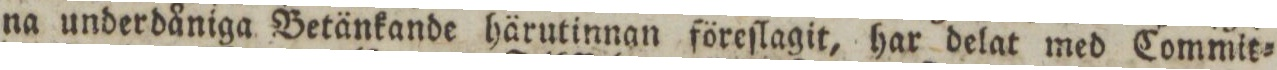
na underdåniga Betänkande härutinnan föreſlagit, har delat med Commit=